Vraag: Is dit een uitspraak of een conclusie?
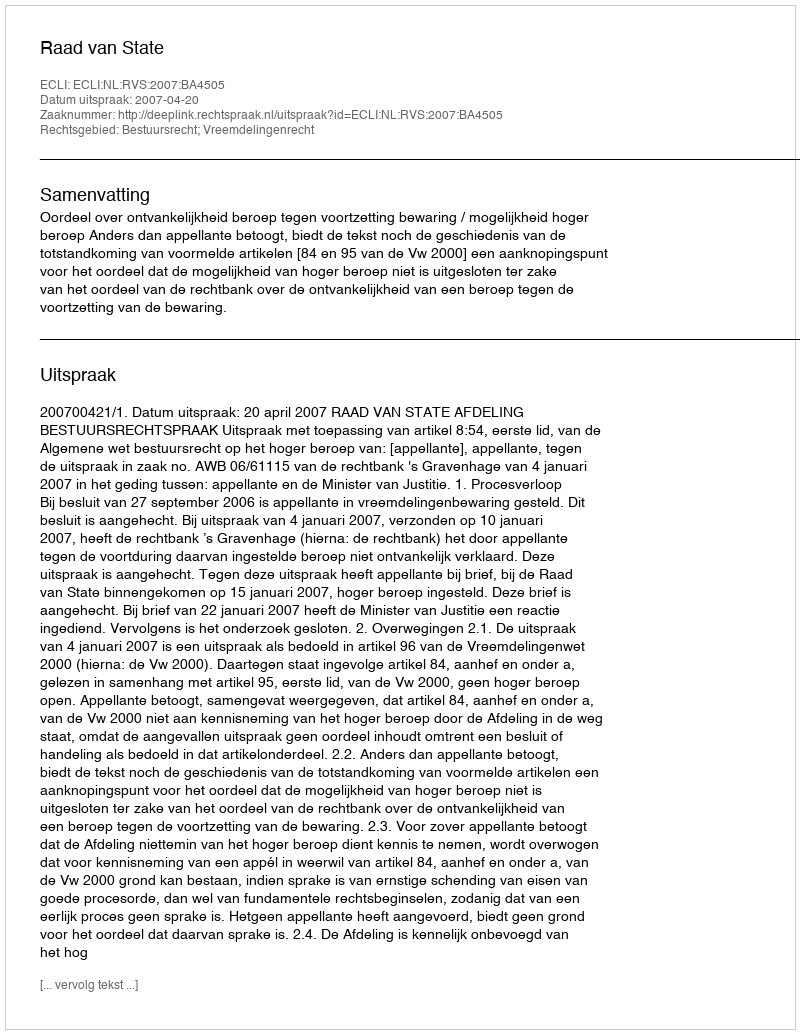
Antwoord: Uitspraak